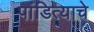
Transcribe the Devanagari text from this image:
पांडित्याचे